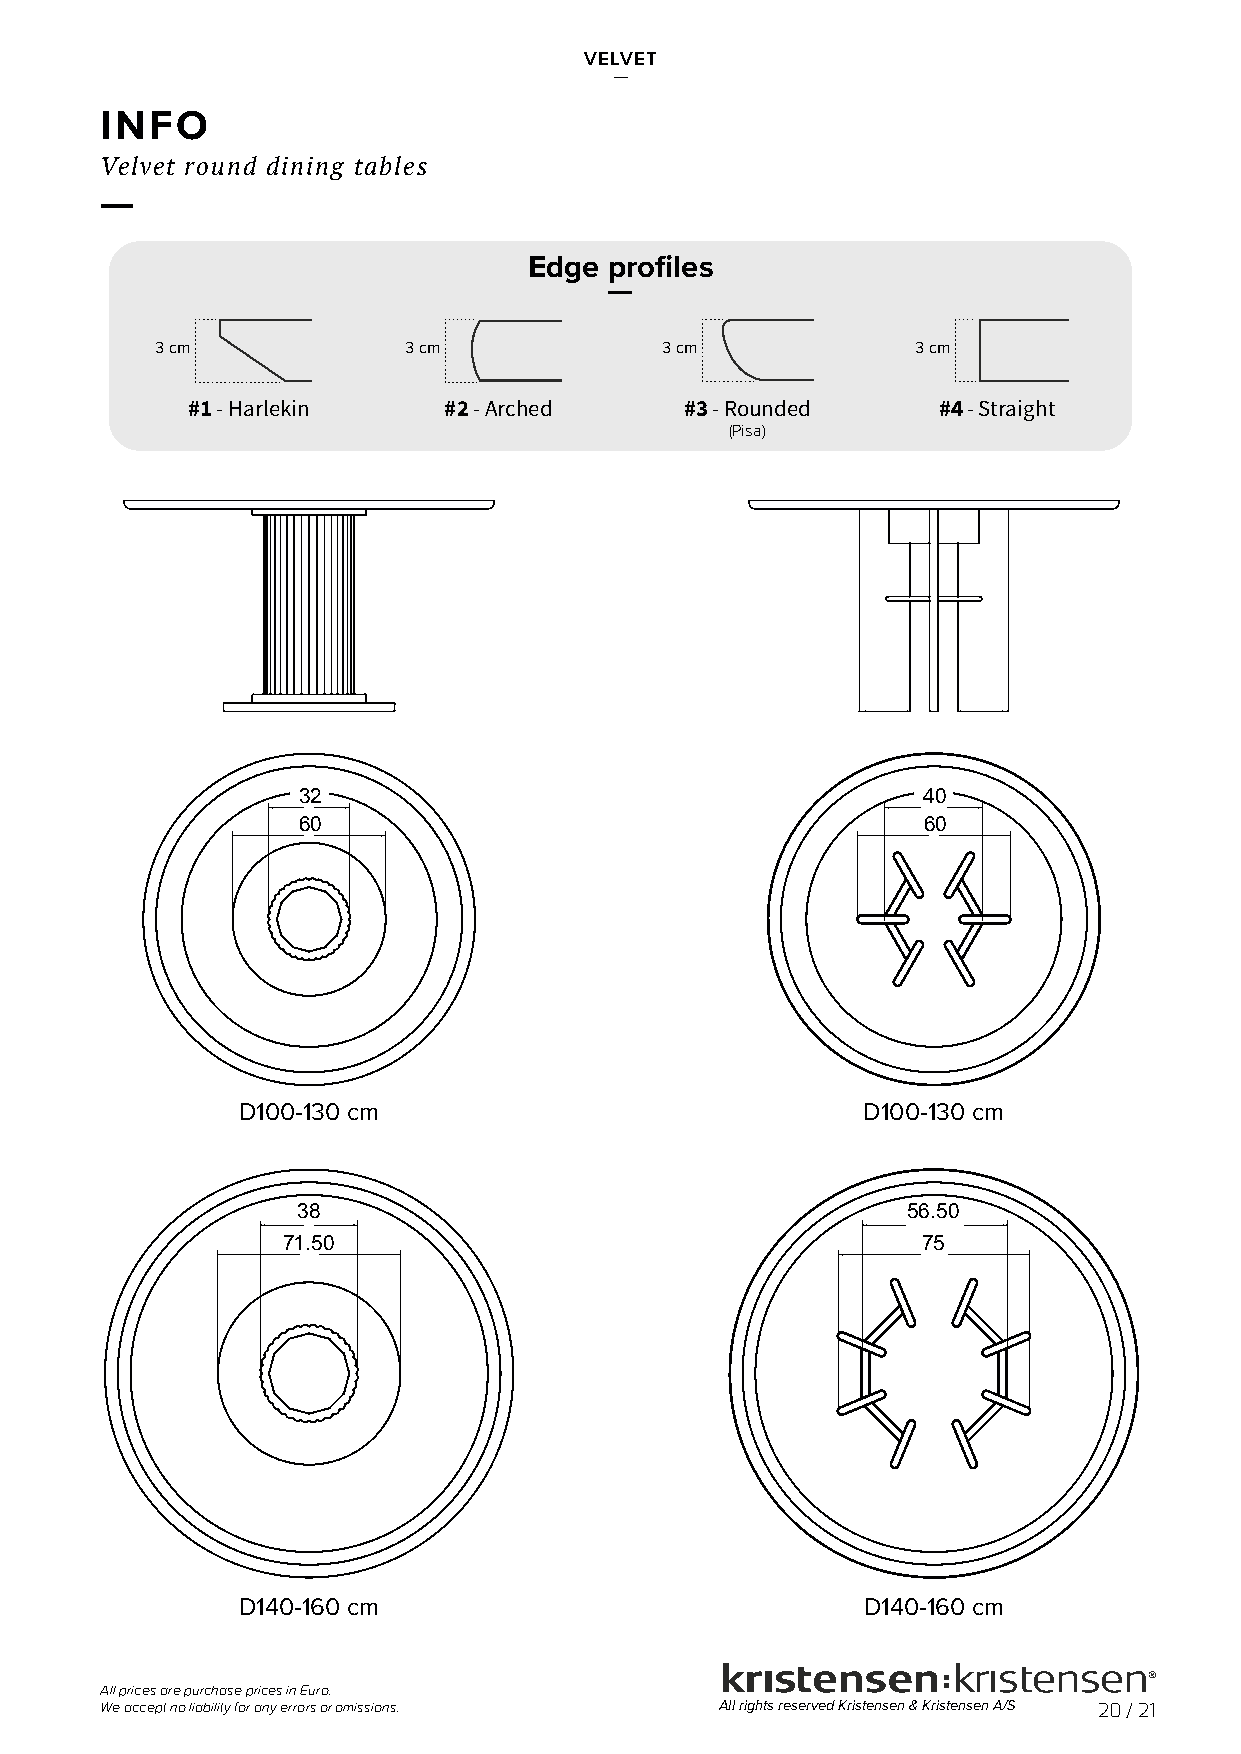
VELVET
 —
 INFO
 Velvet round dining tables
 —
 Edge profiles
 —
 3 cm             3 cm             3 cm             3 cm
 #1 - Harlekin    #2 - Arched     #3 - Rounded     #4 - Straight
 (Pisa)
 32                                       40
 60                                       60
 D100-130 cm                              D100-130 cm
 3388                                    56.50
 71.50                                     75
 D140-160 cm                              D140-160 cm
 All prices are purchase prices in Euro.
 We accept no liability for any errors or omissions. All rights reserved Kristensen & Kristensen A/S 20 / 21